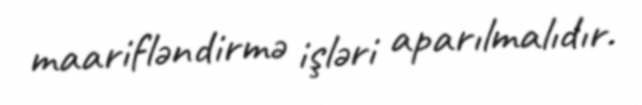
maarifləndirmə işləri aparılmalıdır.